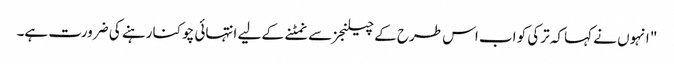
" انہوں نے کہا کہ ترکی کو اب اس طرح کے چیلنجز سے نمٹنے کے لیے انتہائی چوکنا رہنے کی ضرورت ہے۔